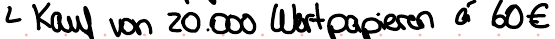
Kauf von 20.000 Wertpapieren a 60€